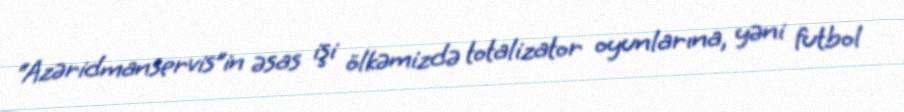
“Azəridmanservis”in əsas işi ölkəmizdə totalizator oyunlarına, yəni futbol